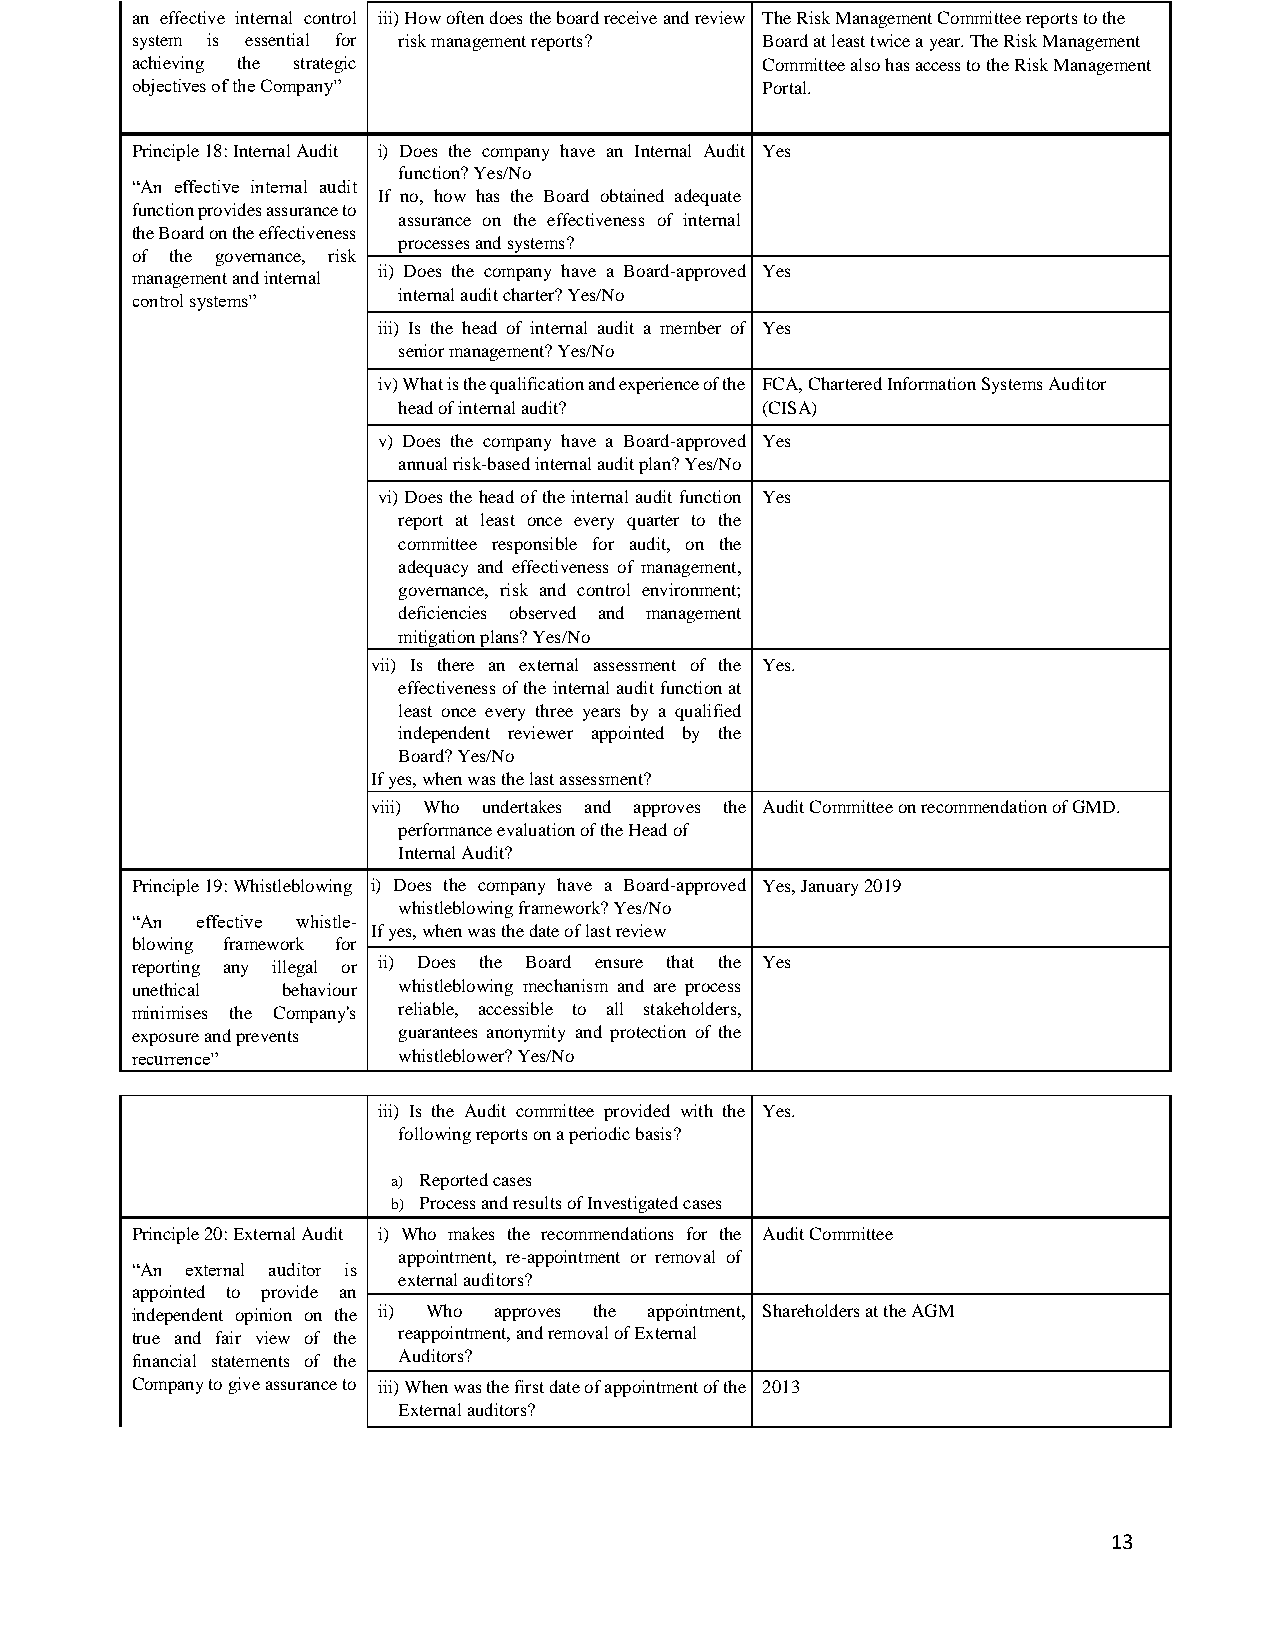
an effective internal control iii) How often does the board receive and review The Risk Management Committee reports to the
 system is essential for risk management reports? Board at least twice a year. The Risk Management
 achieving the strategic                  Committee also has access to the Risk Management
 objectives of the Company”               Portal.
 Principle 18: Internal Audit i) Does the company have an Internal Audit Yes
 function? Yes/No
 “An effective internal audit
 If no, how has the Board obtained adequate
 function provides assurance to
 assurance on the effectiveness of internal
 the Board on the effectiveness
 processes and systems?
 of the governance, risk
 ii) Does the company have a Board-approved Yes
 management and internal
 internal audit charter? Yes/No
 control systems”
 iii) Is the head of internal audit a member of Yes
 senior management? Yes/No
 iv) What is the qualification and experience of the FCA, Chartered Information Systems Auditor
 head of internal audit? (CISA)
 v) Does the company have a Board-approved Yes
 annual risk-based internal audit plan? Yes/No
 vi) Does the head of the internal audit function Yes
 report at least once every quarter to the
 committee responsible for audit, on the
 adequacy and effectiveness of management,
 governance, risk and control environment;
 deficiencies observed and management
 mitigation plans? Yes/No
 vii) Is there an external assessment of the Yes.
 effectiveness of the internal audit function at
 least once every three years by a qualified
 independent reviewer appointed by the
 Board? Yes/No
 If yes, when was the last assessment?
 viii) Who undertakes and approves the Audit Committee on recommendation of GMD.
 performance evaluation of the Head of
 Internal Audit?
 Principle 19: Whistleblowing i) Does the company have a Board-approved Yes, January 2019
 whistleblowing framework? Yes/No
 “An effective whistle-
 If yes, when was the date of last review
 blowing framework for
 reporting any illegal or ii) Does the Board ensure that the Yes
 unethical behaviour whistleblowing mechanism and are process
 minimises the Company's reliable, accessible to all stakeholders,
 exposure and prevents guarantees anonymity and protection of the
 recurrence”      whistleblower? Yes/No
 iii) Is the Audit committee provided with the Yes.
 following reports on a periodic basis?
 a) Reported cases
 b) Process and results of Investigated cases
 Principle 20: External Audit i) Who makes the recommendations for the Audit Committee
 appointment, re-appointment or removal of
 “An external auditor is
 external auditors?
 appointed to provide an
 independent opinion on the ii) Who approves the appointment, Shareholders at the AGM
 true and fair view of the reappointment, and removal of External
 financial statements of the Auditors?
 Company to give assurance to iii) When was the first date of appointment of the 2013
 External auditors?
 13